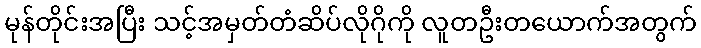
မုန်တိုင်းအပြီး သင့်အမှတ်တံဆိပ်လိုဂိုကို လူတဦးတယောက်အတွက်